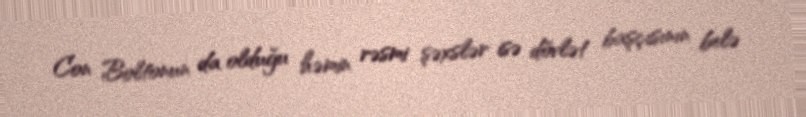
Con Boltonun da olduğu həmin rəsmi şəxslər isə dövlət başçısının belə